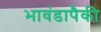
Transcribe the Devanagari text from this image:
भावंडापैकी